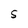
Character: S